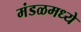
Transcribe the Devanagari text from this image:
मंडळमध्ये